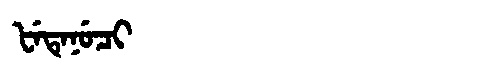
Manchu: ᡶᡝᡨᡝᠨᡠᠴᡳ
Romanization: FETENUCI